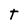
Character: T